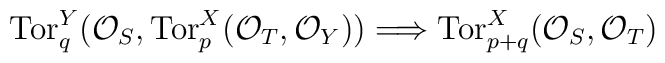
\mbox{Tor}_q^Y({\cal O}_S, \mbox{Tor}_p^X({\cal O}_T, {\cal O}_Y)) \Longrightarrow\mbox{Tor}_{p+q}^X({\cal O}_S, {\cal O}_T)